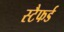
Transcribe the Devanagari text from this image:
स्टैफर्ड